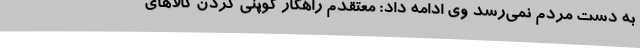
به دست مردم نمی‌رسد وی ادامه داد: معتقدم راهکار کوپنی کردن کالاهای